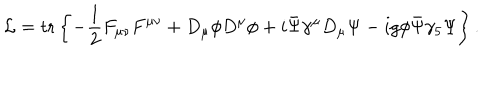
LaTeX: { \cal L } = \mathrm { t r } \left\{ - \frac { 1 } { 2 } F _ { \mu \nu } F ^ { \mu \nu } + D _ { \mu } \phi D ^ { \mu } \phi + i \bar { \Psi } \gamma ^ { \mu } D _ { \mu } \Psi - i g \phi \bar { \Psi } \gamma _ { 5 } \Psi \right\} .